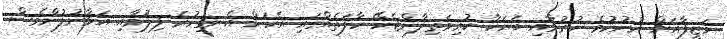
ވަޒީފާއަށް ނުނުކުމެ ހުރުމާއި ބަޔަކާ ކުރިމަތިލާންޖެހޭ ހާލަތެއްގައި އެކަން އެނގިހުރެ ފިލުމާއި އަޅާނުލުންވެސް